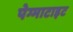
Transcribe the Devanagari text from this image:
पेग्माटाइट